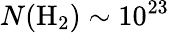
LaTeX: N(\mathrm{{H}_{2})\sim 10^{23}}